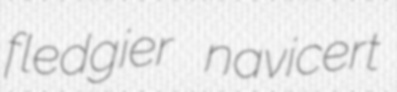
fledgier navicert